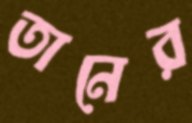
তানের